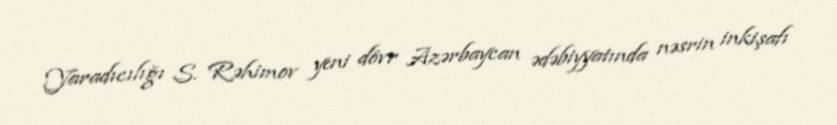
Yaradıcılığı S. Rəhimov yeni dövr Azərbaycan ədəbiyyatında nəsrin inkişafı